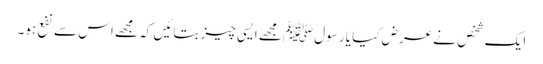
ایک شخص نے عرض کیا یا رسولﷺ مجھے ایسی چیز بتائیں کہ مجھے اس سے نفع ہو۔